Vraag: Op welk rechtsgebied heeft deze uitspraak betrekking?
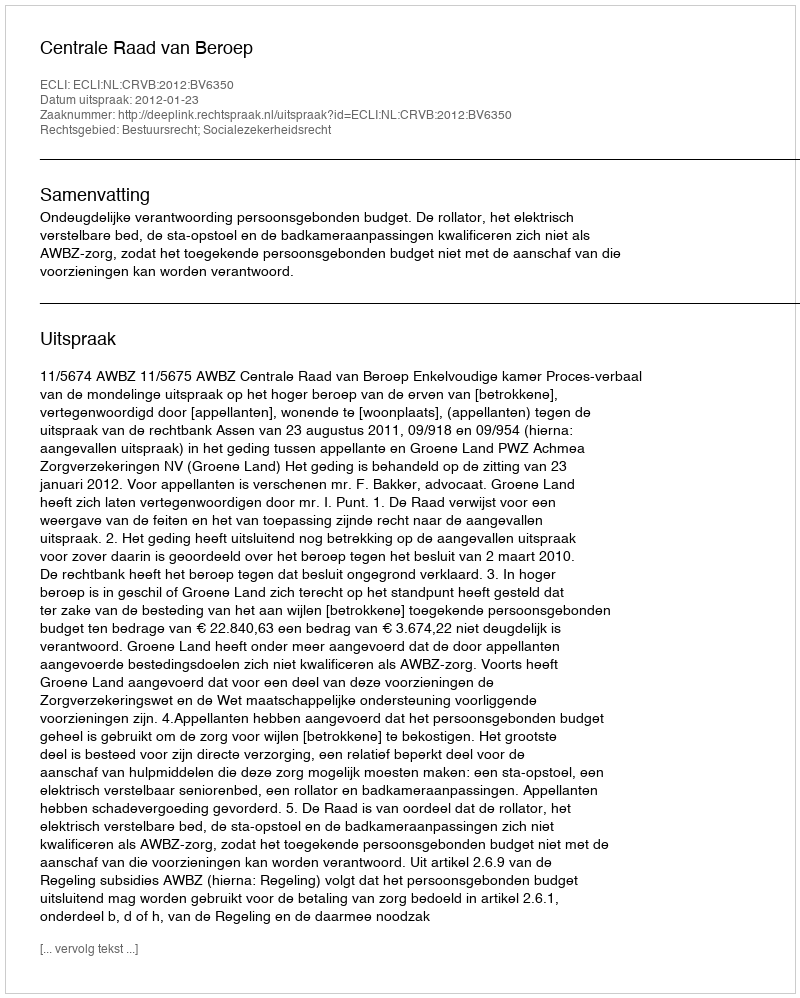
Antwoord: Bestuursrecht; Socialezekerheidsrecht